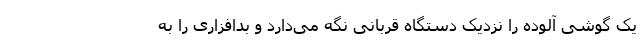
یک گوشی آلوده را نزدیک دستگاه قربانی نگه می‌دارد و بدافزاری را به